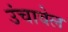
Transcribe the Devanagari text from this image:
उंचावेल